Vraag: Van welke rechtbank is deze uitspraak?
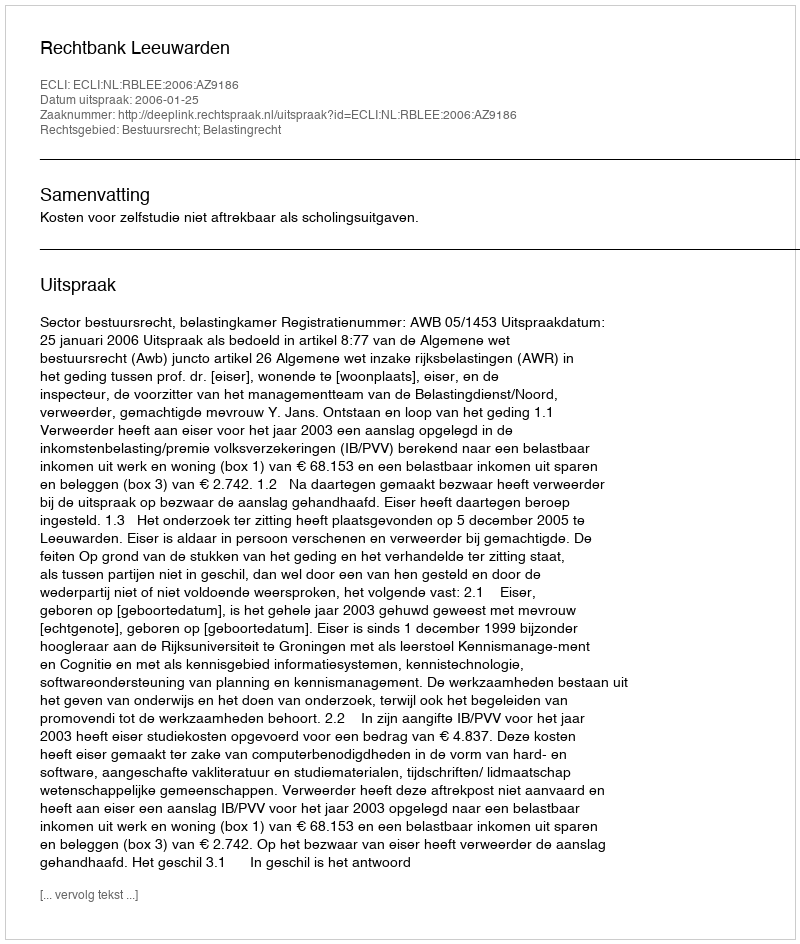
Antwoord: Rechtbank Leeuwarden